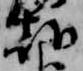
朝